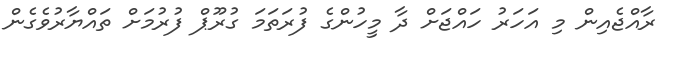
ރާއްޖެއިން މި އަހަރު ހައްޖަށް ދާ މީހުންގެ ފުރަތަމަ ގުރޫޕް ފުރުމަށް ތައްޔާރުވެގެން